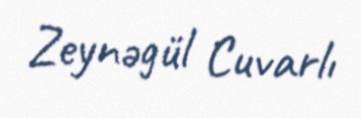
Zeynəgül Cuvarlı